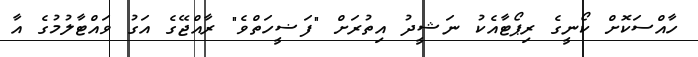
ހާއްސަކޮށް ކޯނީގެ ރިޕޯޓާއެކު ނަޝީދު އިތުރަށް "ފަޟީހަތްވެ" ރާއްޖޭގެ އަގު ވައްޓާލުމުގެ އާ